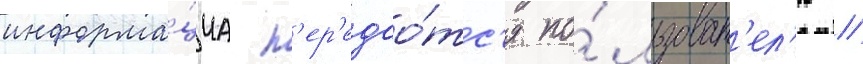
информа́циа п'ер'едао́тс'я по́льзоват'ел'ю //